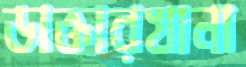
ডাক্তারখানা